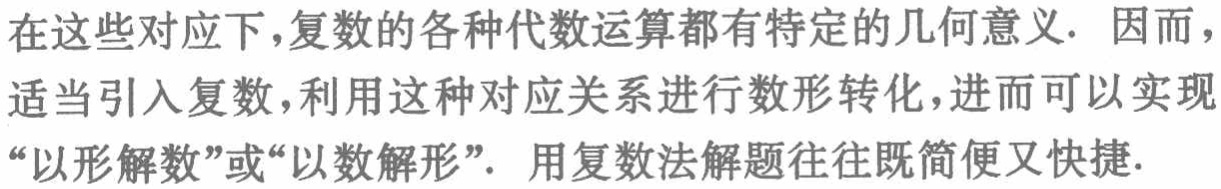
在这些对应下，复数的各种代数运算都有特定的几何意义. 因而，适当引入复数，利用这种对应关系进行数形转化，进而可以实现“以形解数”或“以数解形”. 用复数法解题往往既简便又快捷.